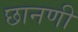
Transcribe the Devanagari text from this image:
छानणी